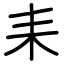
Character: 耒